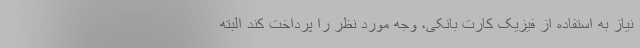
نیاز به استفاده از فیزیک کارت بانکی، وجه مورد نظر را پرداخت کند البته